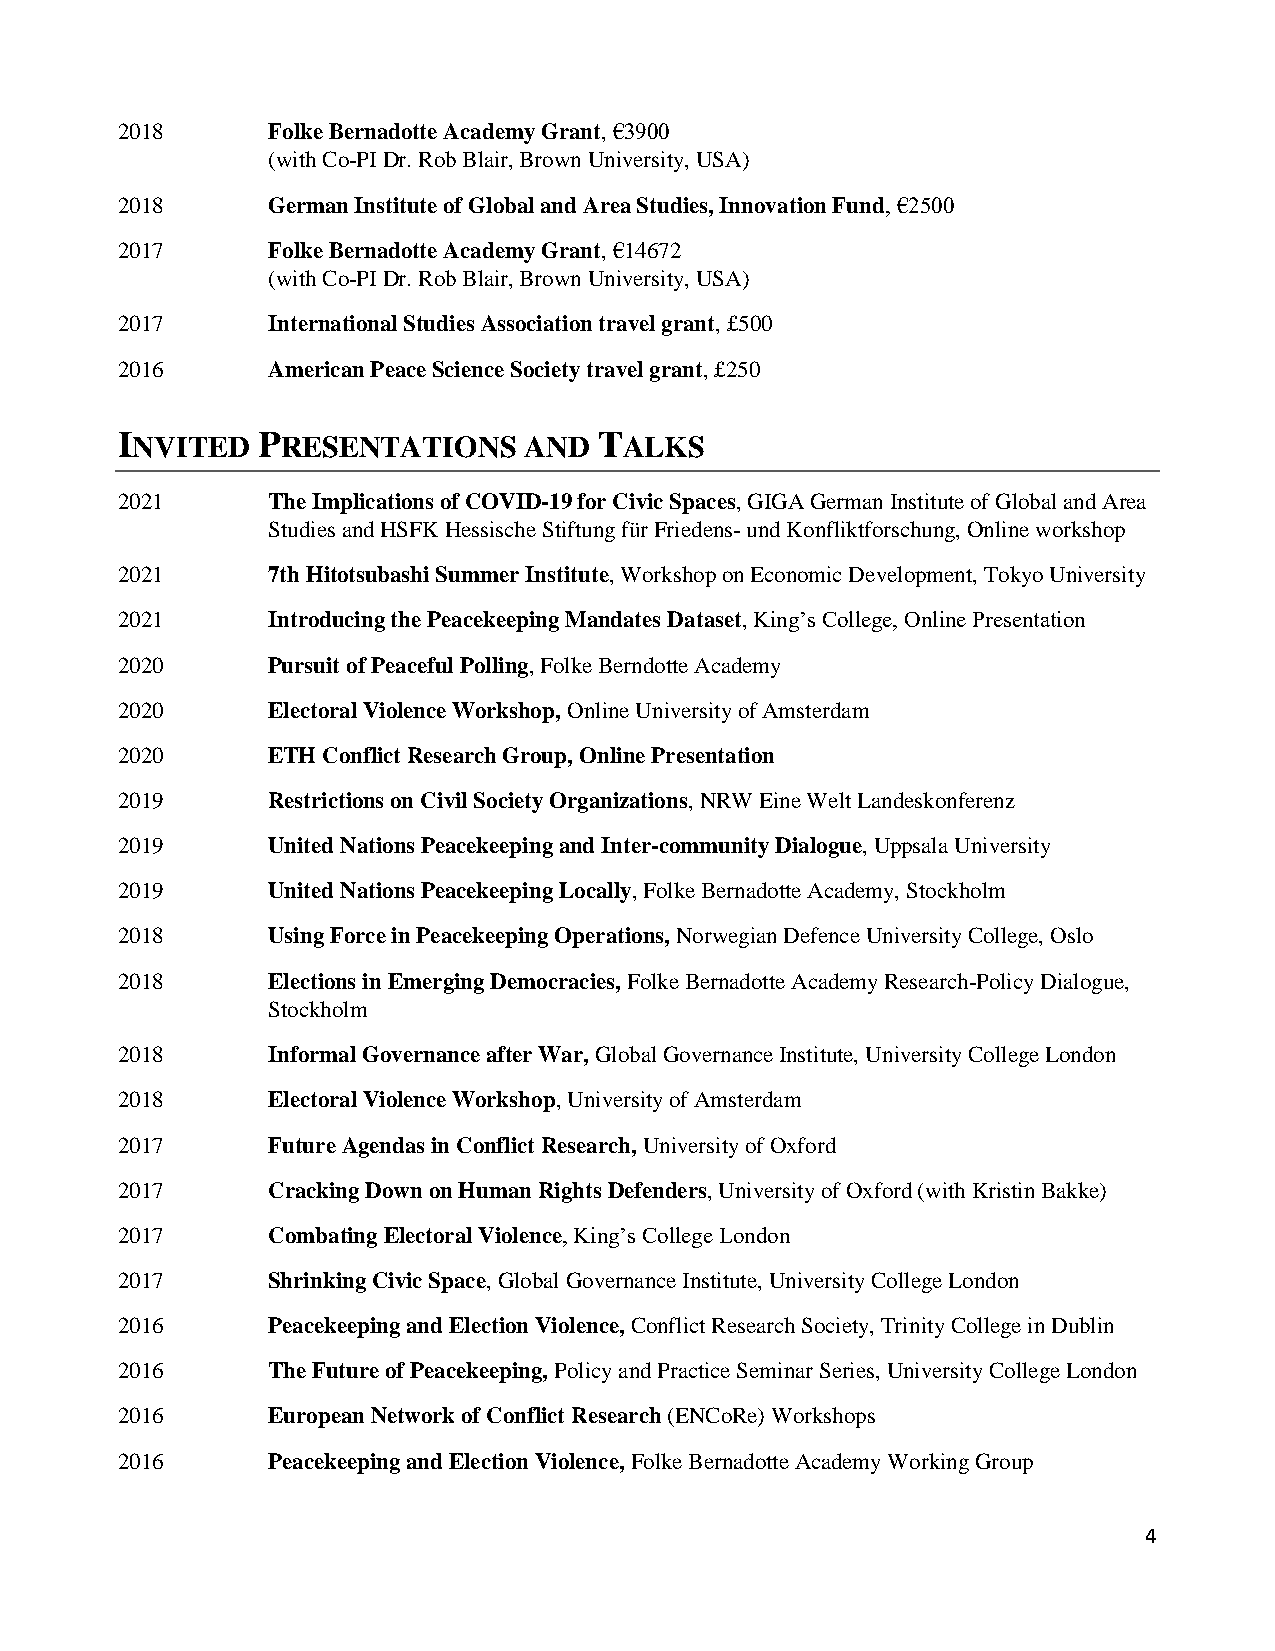
2018      Folke Bernadotte Academy Grant, €3900
 (with Co-PI Dr. Rob Blair, Brown University, USA)
 2018      German Institute of Global and Area Studies, Innovation Fund, €2500
 2017      Folke Bernadotte Academy Grant, €14672
 (with Co-PI Dr. Rob Blair, Brown University, USA)
 2017      International Studies Association travel grant, £500
 2016      American Peace Science Society travel grant, £250
 INVITED  PRESENTATIONS     AND  TALKS
 2021      The Implications of COVID-19 for Civic Spaces, GIGA German Institute of Global and Area
 Studies and HSFK Hessische Stiftung für Friedens- und Konfliktforschung, Online workshop
 2021      7th Hitotsubashi Summer Institute, Workshop on Economic Development, Tokyo University
 2021      Introducing the Peacekeeping Mandates Dataset, King’s College, Online Presentation
 2020      Pursuit of Peaceful Polling, Folke Berndotte Academy
 2020      Electoral Violence Workshop, Online University of Amsterdam
 2020      ETH Conflict Research Group, Online Presentation
 2019      Restrictions on Civil Society Organizations, NRW Eine Welt Landeskonferenz
 2019      United Nations Peacekeeping and Inter-community Dialogue, Uppsala University
 2019      United Nations Peacekeeping Locally, Folke Bernadotte Academy, Stockholm
 2018      Using Force in Peacekeeping Operations, Norwegian Defence University College, Oslo
 2018      Elections in Emerging Democracies, Folke Bernadotte Academy Research-Policy Dialogue,
 Stockholm
 2018      Informal Governance after War, Global Governance Institute, University College London
 2018      Electoral Violence Workshop, University of Amsterdam
 2017      Future Agendas in Conflict Research, University of Oxford
 2017      Cracking Down on Human Rights Defenders, University of Oxford (with Kristin Bakke)
 2017      Combating Electoral Violence, King’s College London
 2017      Shrinking Civic Space, Global Governance Institute, University College London
 2016      Peacekeeping and Election Violence, Conflict Research Society, Trinity College in Dublin
 2016      The Future of Peacekeeping, Policy and Practice Seminar Series, University College London
 2016      European Network of Conflict Research (ENCoRe) Workshops
 2016      Peacekeeping and Election Violence, Folke Bernadotte Academy Working Group
 4